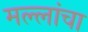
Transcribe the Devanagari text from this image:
मल्लांचा